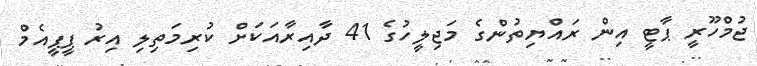
ޖުމްހޫރީ ޕާޓީ އިން ރައްޔިތުންގެ މަޖިލީހުގެ 41 ދާއިރާއަކަށް ކުރިމަތިލި އިރު ޕީޕީއެމް